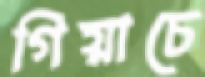
গিয়াচে